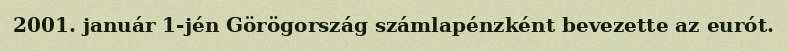
2001. január 1-jén Görögország számlapénzként bevezette az eurót.